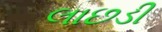
લાછડી